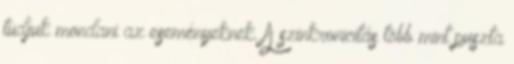
tudjuk mondani az eseményeknek. A szinkronicitás több mint puszta